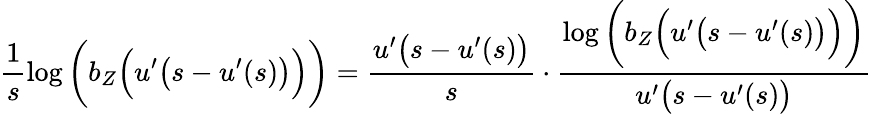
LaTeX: \frac{1}{s}\log\bigg(b_{Z}\Big(u^{\prime}\big(s-u^{\prime}(s)\big)\Big)\bigg)=\frac{u^{\prime}\big(s-u^{\prime}(s)\big)}{s}\cdot\frac{\log\bigg(b_{Z}\Big(u^{\prime}\big(s-u^{\prime}(s)\big)\Big)\bigg)}{u^{\prime}\big(s-u^{\prime}(s)\big)}